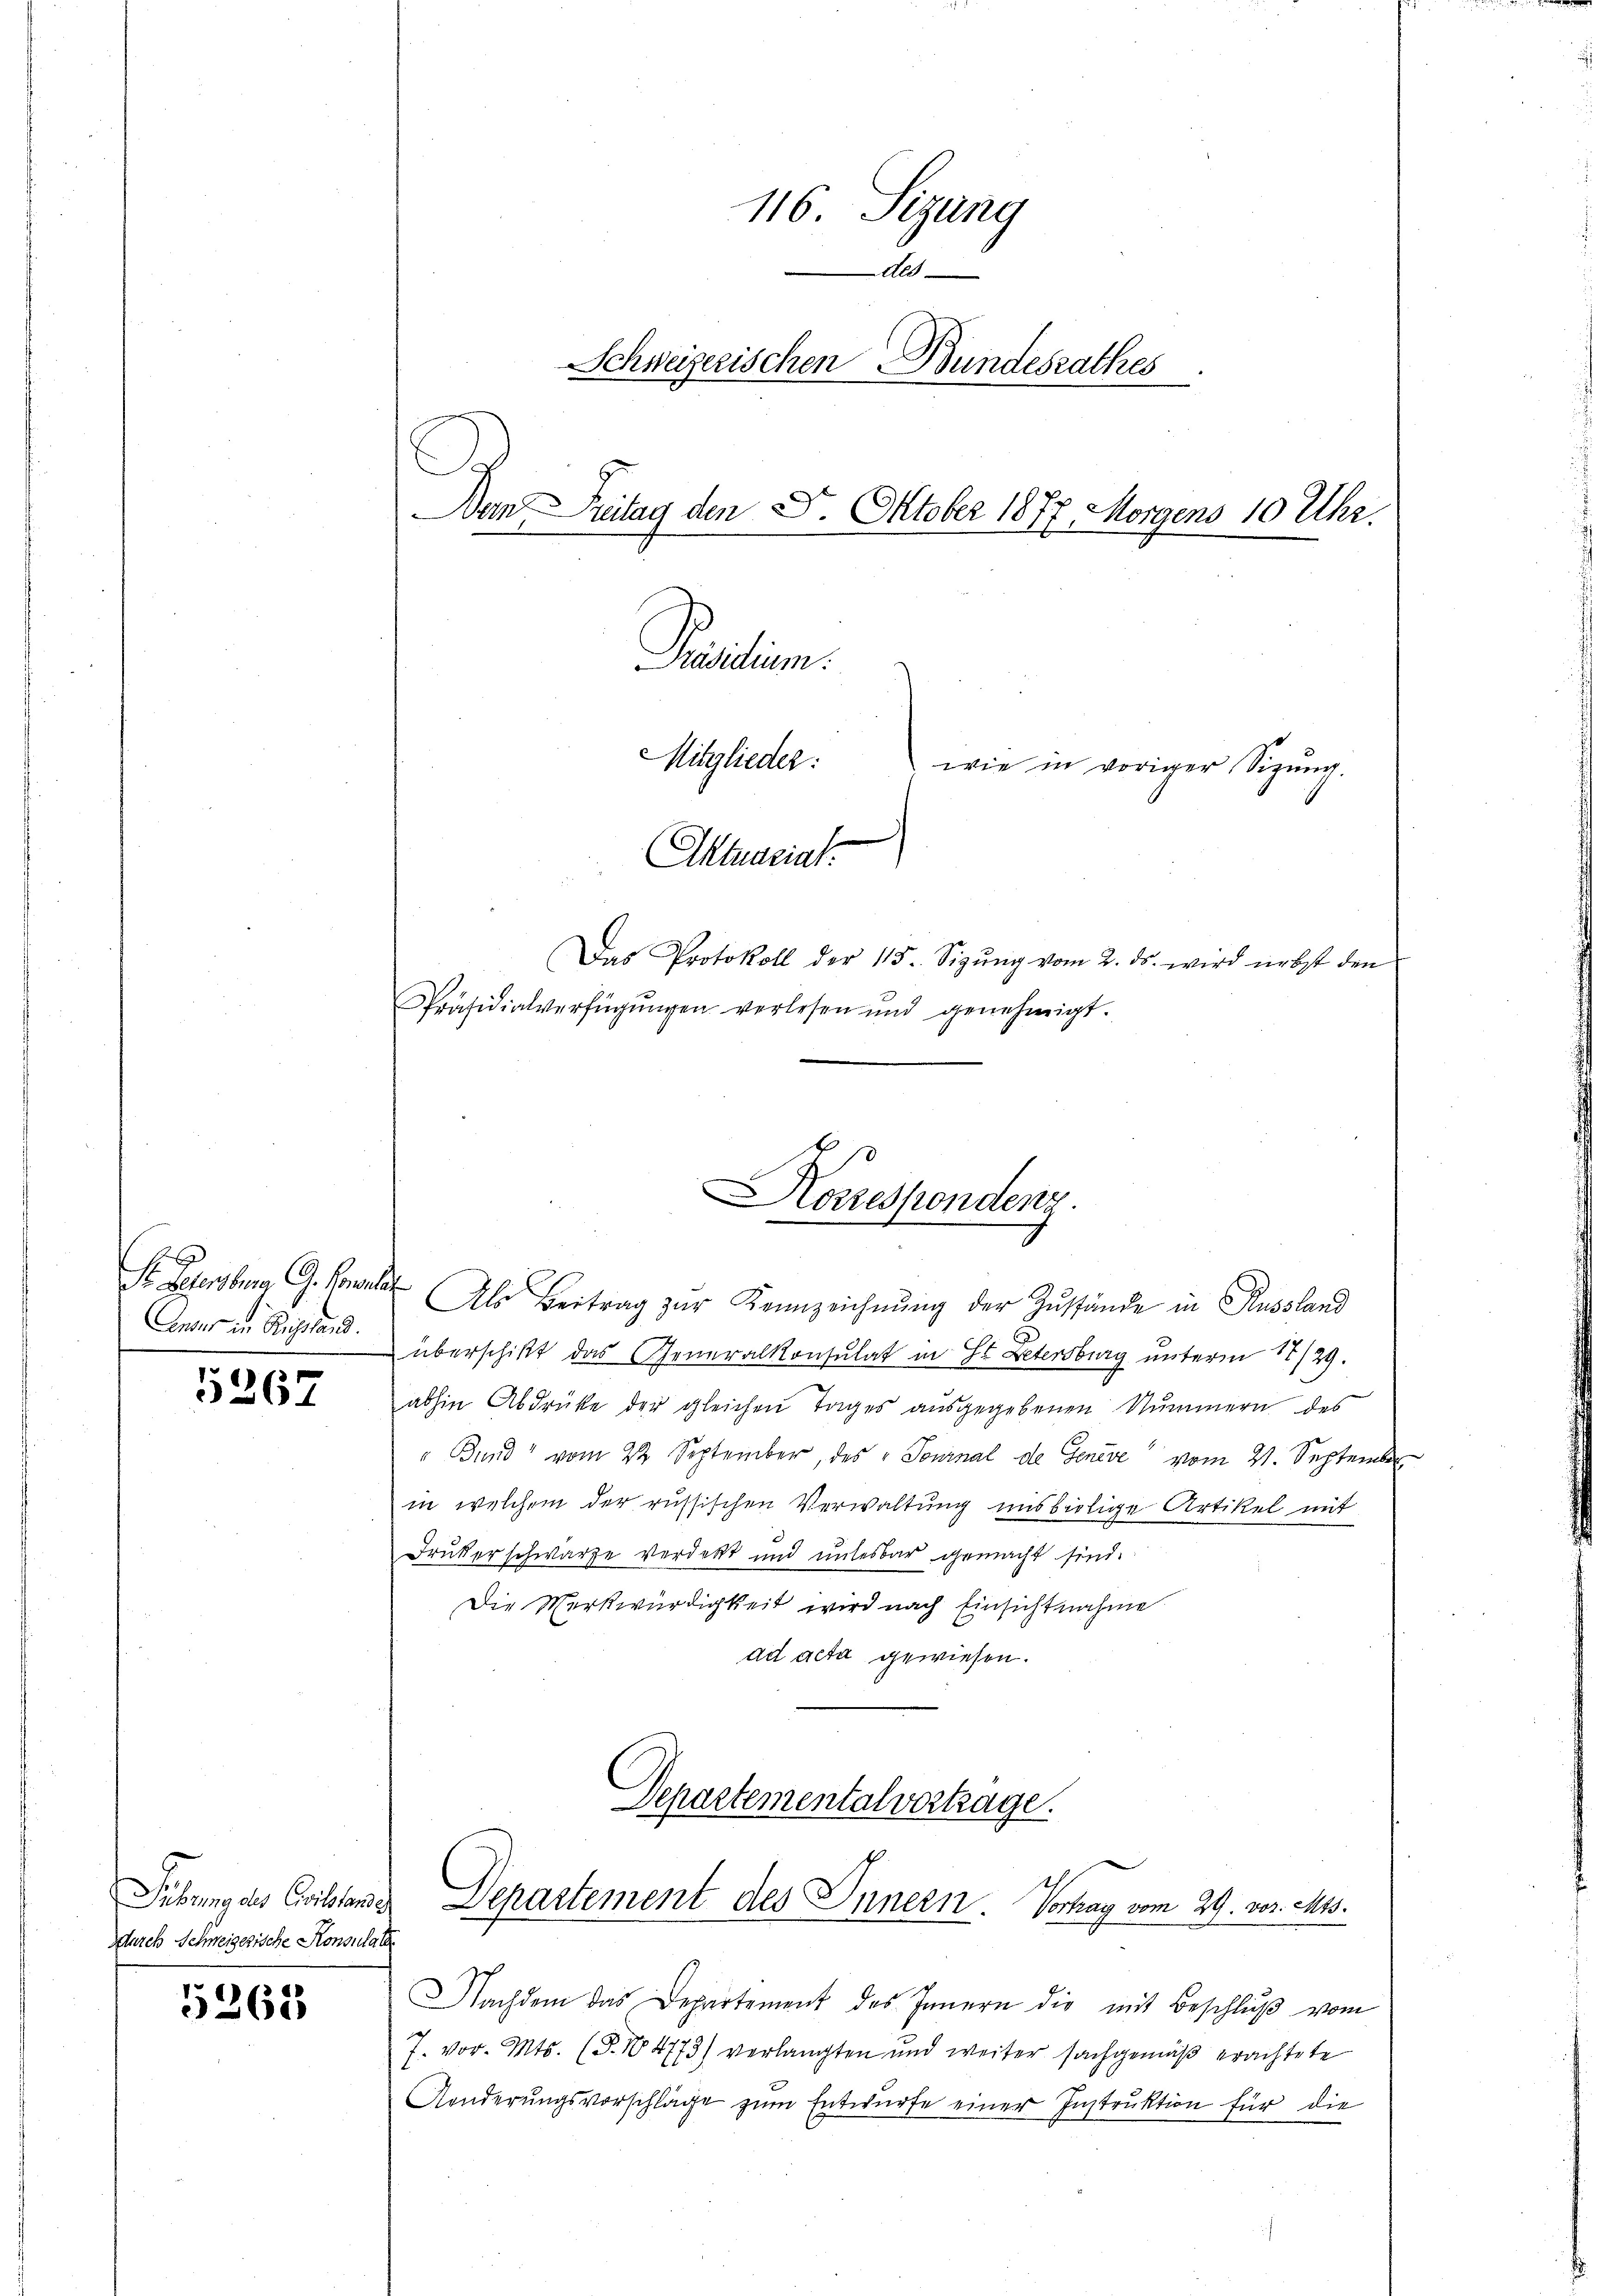
Censur in Russland.

5267

Fübung des Collander
durch Schweizerische Konsulate

5362

116. Sizung
Als
Schweizerischen Bundesrathes
Dan Freitag den 8. Oktober 1877 Morgens 10 Uhr.
Präsidium.
Mitglieder:
wie in voriger Sizung.
Aktuariat

Das Protokoll der 115. Sizŭng vom 2. ds. wird nebst den
Präsidialverfügungen verlesen und genehmigt.

Korrespondenz.

I. Zuersburg G. Couler Als Beitrag zur Kennzeichnung der Zustände in Russland
überschikt das Generalkonsulat in St. Petersburg unterm 17/29.
abhin Abdrüke der gleichen Tages aŭsgegebenen Nummern des
" Bund“ vom 22 September, des Journal de Genève" vom 21. September
in welchem der russischen Verwaltung uns bietige Artikel mit
Druker schwarze verdikt und unterbar gemacht sind.
Die Merkwürdigkeit wird nach Einsichtnahme
ad acta gewiesen.

Departementalvertage.
Departement des Innern. Vortrag vom 29. vor. Mts.

Nachdem das Departement des Innern die mit Beschlŭβ vom
7. vor. Mts. (T.104773) verlangten und weiter sachgemäß erachtete
Konderŭngsvorschläge zum Entwurfe einer Instruktion für die